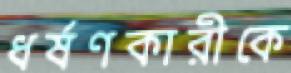
ধর্ষণকারীকে